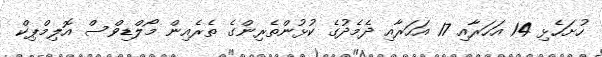
ހުށަހެޅި 14 އަހަރާއި 17 އަހަރާއި ދެމެދުގެ ކުޅުންތެރިންގެ ތެރެއިން މޯލްޑިވްސް އޮލިމްޕިކް